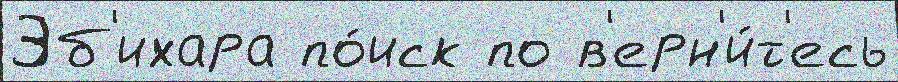
Эб'ихара по́иск по в'ерн'и́т'есь